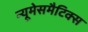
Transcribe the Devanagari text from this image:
न्यूमेसमैटिक्स